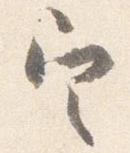
定